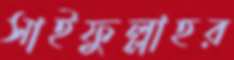
সাইফুল্লাহর